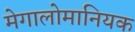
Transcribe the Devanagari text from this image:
मेगालोमानियक